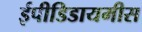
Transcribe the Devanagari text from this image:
ईपीडिडायमीस